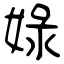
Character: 娽